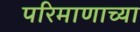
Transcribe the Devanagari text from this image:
परिमाणाच्या